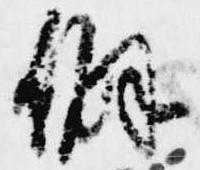
僻